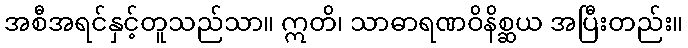
အစီအရင်နှင့်တူသည်သာ။ ဣတိ၊ သာဓာရဏဝိနိစ္ဆယ အပြီးတည်း။